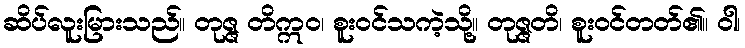
ဆိပ်လူးမြားသည်။ တုဇ္ဇ တိဣဝ၊ စူးဝင်သကဲ့သို့။ တုဇ္ဇတိ၊ စူးဝင်တတ်၏။ ဝါ၊